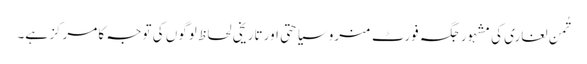
تُمن لغاری کی مشہور جگہ فورٹ منرو سیاحتی اور تاریخی لحاظ لوگوں کی توجہ کا مرکز ہے۔